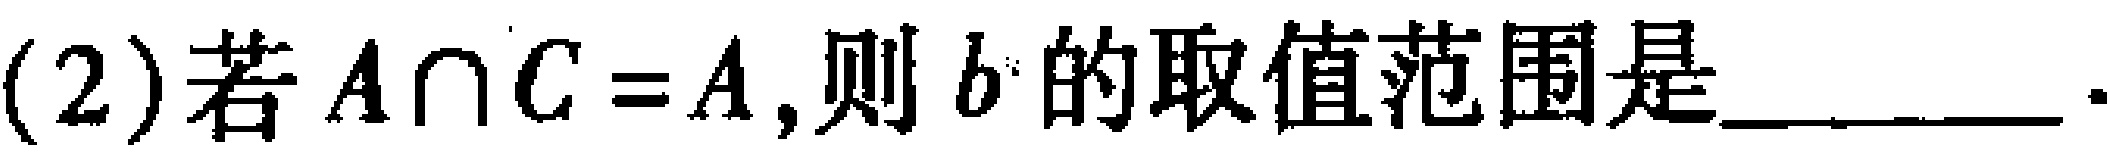
(2)若\(A\cap C = A\),则\(b\)的取值范围是________.